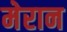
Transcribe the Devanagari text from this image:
मेरान